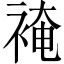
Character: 裺